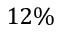
1 2 \%